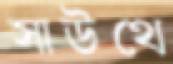
সাউথে